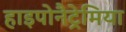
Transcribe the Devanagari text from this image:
हाइपोनैट्रेमिया